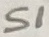
Text: S1